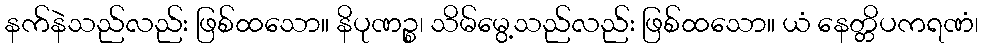
နက်နဲသည်လည်း ဖြစ်ထသော။ နိပုဏဉ္စ၊ သိမ်မွေ့သည်လည်း ဖြစ်ထသော။ ယံ နေတ္တိပကရဏံ၊